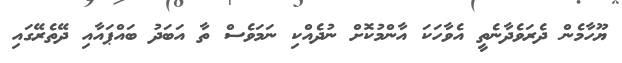
ޔޫހާމެން ދެރަވެދާނެތީ އެވާހަކަ އާންމުކޮށް ނުދެއްކި ނަމަވެސް ތާ އަބަދު ބައްޕައާއި ދޭތެރޭގައި